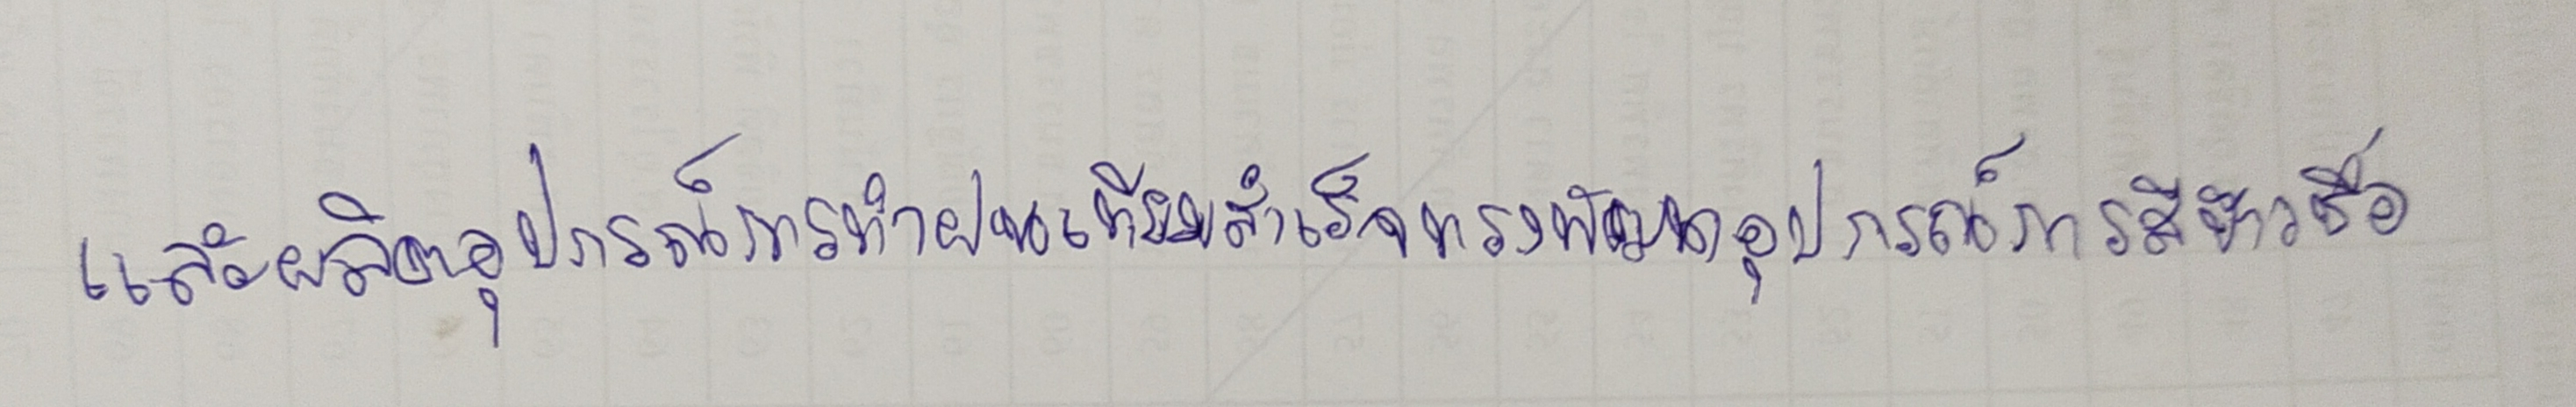
และผลิตอุปกรณ์การทำฝนเทียมสำเร็จทรงพัฒนาอุปกรณ์การสีข้าวชื่อ